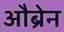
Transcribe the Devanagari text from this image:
औब्रेन